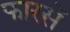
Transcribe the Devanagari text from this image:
फारसें